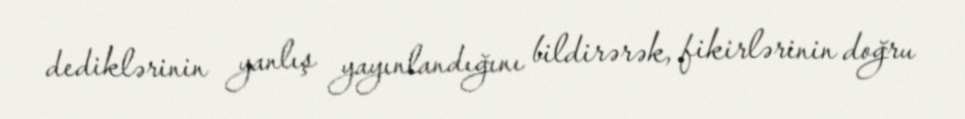
dediklərinin yanlış yayınlandığını bildirərək, fikirlərinin doğru